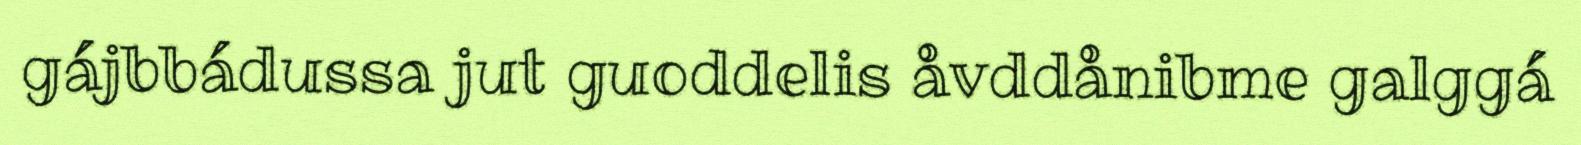
gájbbádussa jut guoddelis åvddånibme galggá